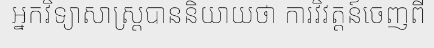
អ្នកវិទ្យាសាស្ត្របាននិយាយថា ការវិវត្តន៍ចេញពី